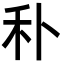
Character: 𥝒